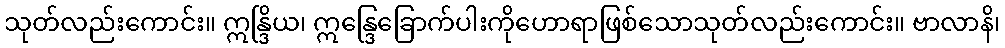
သုတ်လည်းကောင်း။ ဣန္ဒြိယ၊ ဣန္ဒြေခြောက်ပါးကိုဟောရာဖြစ်သောသုတ်လည်းကောင်း။ ဗာလာနိ၊